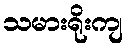
သမားရိုးကျ